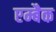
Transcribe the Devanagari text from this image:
एम्बैक